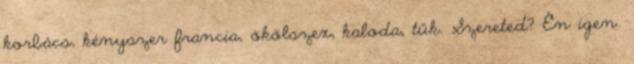
korbács, kényszer francia, ökölszex, kaloda, tűk. Szereted? Én igen.